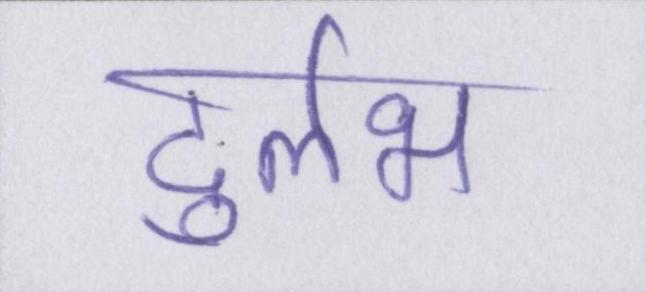
दुर्लभ